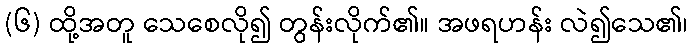
(၆) ထို့အတူ သေစေလို၍ တွန်းလိုက်၏။ အဖရဟန်း လဲ၍သေ၏၊